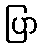
ပြာ